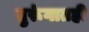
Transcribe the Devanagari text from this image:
तुरूंगातही